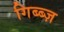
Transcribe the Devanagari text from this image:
गिब्ब्ज़